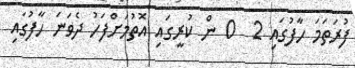
ފުރަތަމަ ހާފުގައި 2  0 ން ކުރީގައި އޮތުމަށްފަހު ދެވަނަ ހާފުގައި